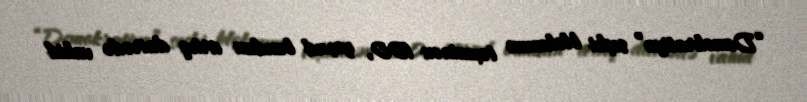
“Demokratiya” seçki blokunun təxminən 100, yaxud bundan artıq dairədə vahid